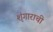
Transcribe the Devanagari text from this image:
शृंगाराची